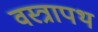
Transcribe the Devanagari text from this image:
वस्त्रापथ